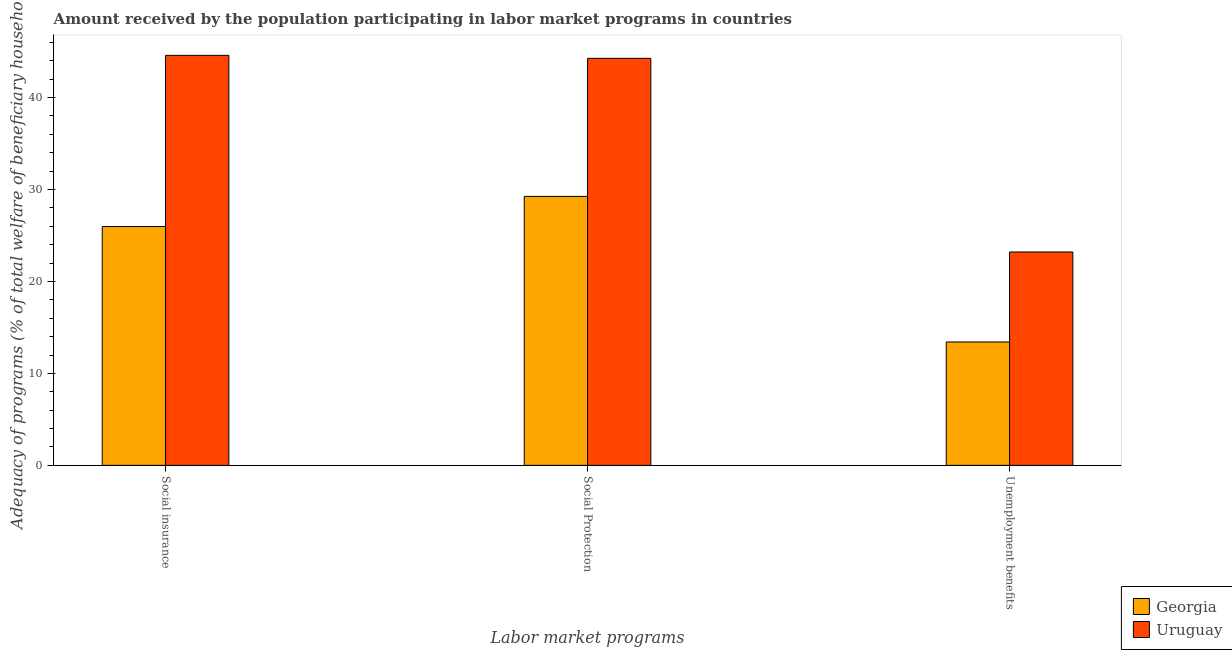
| Labor market programs | Georgia | Uruguay |
 | --- | --- | --- |
 | Social insurance | 26 | 44.6 |
 | Social Protection | 29.2 | 44.3 |
 | Unemployment benefits | 13.4 | 23.2 |